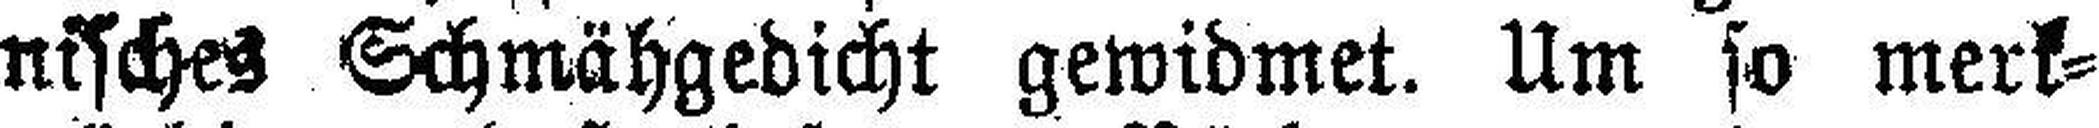
nisches Schmähgedicht gewidmet. Um so merk¬